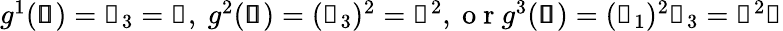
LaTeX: \begin{array}{r}{g^{1}(\pmb{\mathscr{s}})=\mathscr{s}_{3}=\mathscr{z},\mathrm{~}g^{2}(\pmb{\mathscr{s}})=(\mathscr{s}_{3})^{2}=\mathscr{z}^{2},\mathrm{~o~r~}g^{3}(\pmb{\mathscr{s}})=(\mathscr{s}_{1})^{2}\mathscr{s}_{3}=\mathscr{x}^{2}\mathscr{z}}\end{array}